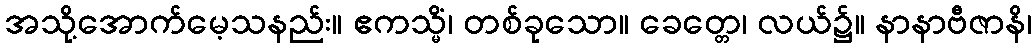
အသို့အောက်မေ့သနည်း။ ဧကသ္မိံ၊ တစ်ခုသော။ ခေတ္တေ၊ လယ်၌။ နာနာဗီဇာနိ၊